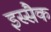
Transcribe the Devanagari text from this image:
इस्सैक